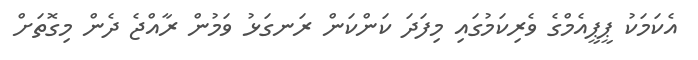
އެކަމަކު ޕީޕީއެމްގެ ވެރިކަމުގައި މިފަދަ ކަންކަން ރަނގަޅު ވަމުން ރާއްޖެ ދެން މިގޮތަށް